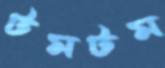
টমটম